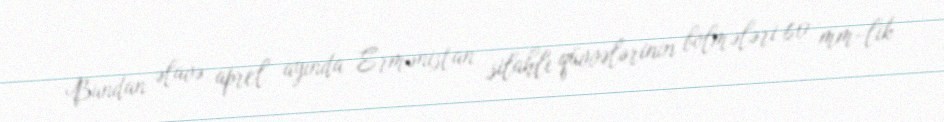
Bundan əlavə, aprel ayında Ermənistan silahlı qüvvələrinin bölmələri 60 mm-lik